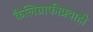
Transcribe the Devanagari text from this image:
कैलिग्राफीप्रवाही